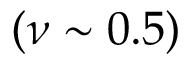
( \nu \sim 0 . 5 )